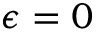
\epsilon = 0